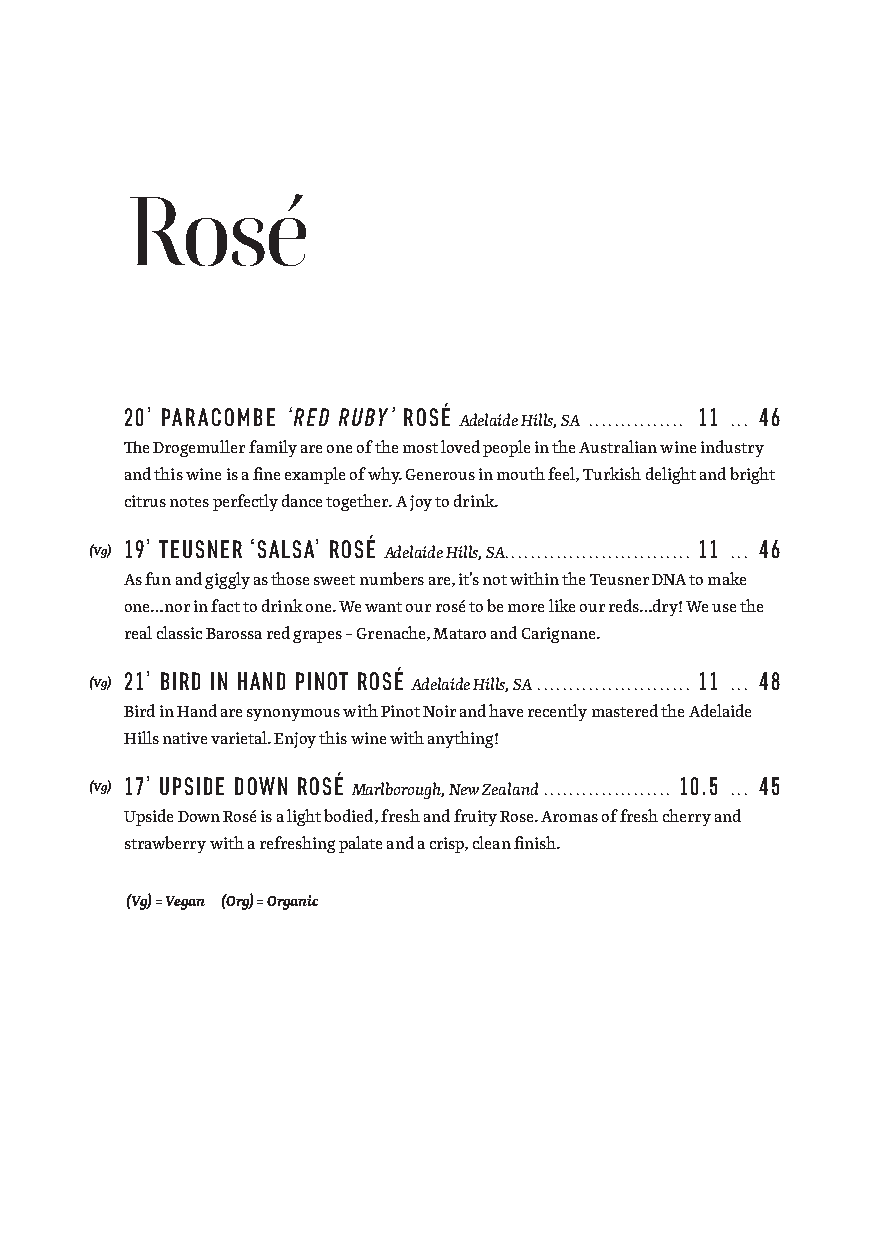
Rosé
 20’ PARACOMBE ‘RED RUBY’ ROSÉ         11  46
 Adelaide Hills, SA. .............. ...
 The Drogemuller family are one of the most loved people in the Australian wine industry
 and this wine is a fine example of why. Generous in mouth feel, Turkish delight and bright
 citrus notes perfectly dance together. A joy to drink.
 19’ TEUSNER ‘SALSA’ ROSÉ              11  46
 (Vg)               Adelaide Hills, SA............................. ...
 As fun and giggly as those sweet numbers are, it’s not within the Teusner DNA to make
 one…nor in fact to drink one. We want our rosé to be more like our reds…dry! We use the
 real classic Barossa red grapes – Grenache, Mataro and Carignane.
 21’ BIRD IN HAND PINOT ROSÉ           11  48
 (Vg)                 Adelaide Hills, SA ........................ ...
 Bird in Hand are synonymous with Pinot Noir and have recently mastered the Adelaide
 Hills native varietal. Enjoy this wine with anything!
 (Vg)
 17’ UPSIDE DOWN ROSÉ
 Marlborough, New Zealand ....................
 10.5
 ...
 45
 Upside Down Rosé is a light bodied, fresh and fruity Rose. Aromas of fresh cherry and
 strawberry with a refreshing palate and a crisp, clean finish.
 (Vg) = Vegan (Org) = Organic